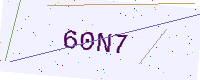
Text: 60N7